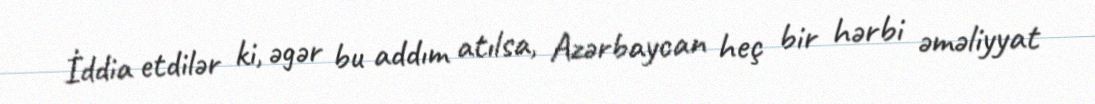
İddia etdilər ki, əgər bu addım atılsa, Azərbaycan heç bir hərbi əməliyyat